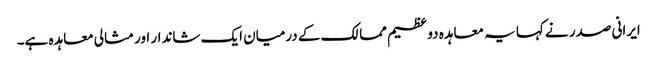
ایرانی صدر نے کہا یہ معاہدہ دو عظیم ممالک کے درمیان ایک شاندار اور مثالی معاہدہ ہے۔